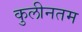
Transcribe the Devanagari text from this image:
कुलीनतम